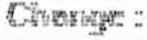
CHANGE :